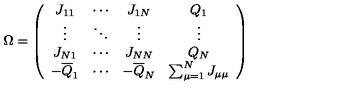
\Omega = \left( \begin{array} { c c c c } { J _ { 1 1 } } & { \cdots } & { J _ { 1 N } } & { Q _ { 1 } } \\ { \vdots } & { \ddots } & { \vdots } & { \vdots } \\ { J _ { N 1 } } & { \cdots } & { J _ { N N } } & { Q _ { N } } \\ { - { \overline { { Q } } } _ { 1 } } & { \cdots } & { - { \overline { { Q } } } _ { N } } & { \sum _ { \mu = 1 } ^ { N } J _ { \mu \mu } } \\ \end{array} \right)